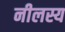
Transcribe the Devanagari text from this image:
नीलस्य